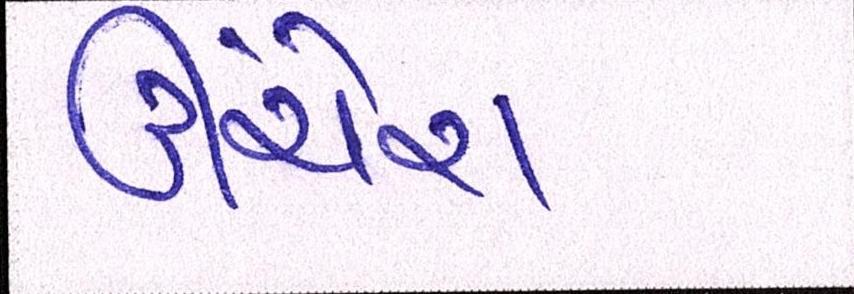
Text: ઊંચેરા